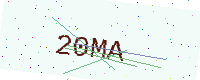
Text: 20MA